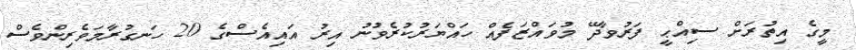
މީގެ އިތުރަށް ސިއްޙީ ފަރުވާދޭ މުވައްޒަފެއް ހައްޔަރުކުރެވުނު އިރު އައިއެސްގެ 20 ހަނގުރާމަވެރިންވެސް